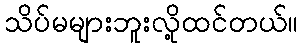
သိပ်မများဘူးလို့ထင်တယ်။